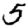
Digit: 5